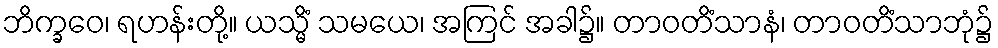
ဘိက္ခဝေ၊ ရဟန်းတို့။ ယသ္မိံ သမယေ၊ အကြင် အခါ၌။ တာဝတိံသာနံ၊ တာဝတိံသာဘုံ၌